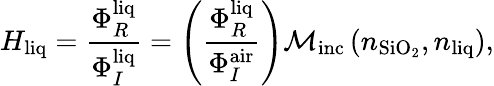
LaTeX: H_{\mathrm{liq}}=\frac{\Phi_{R}^{\mathrm{liq}}}{\Phi_{I}^{\mathrm{liq}}}=\left(\frac{\Phi_{R}^{\mathrm{liq}}}{\Phi_{I}^{\mathrm{air}}}\right)\mathcal{M}_{\mathrm{inc}}\left(n_{\mathrm{SiO_{2}}},n_{\mathrm{liq}}\right),